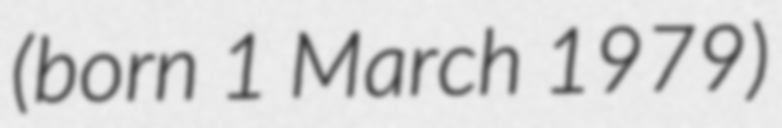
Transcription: (born 1 March 1979)